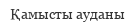
Қамысты ауданы